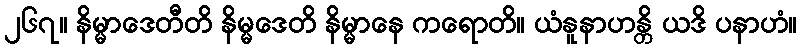
၂၆၇။ နိမ္မာဒေတီတိ နိမ္မဒေတိ နိမ္မာနေ ကရောတိ။ ယံနူနာဟန္တိ ယဒိ ပနာဟံ။